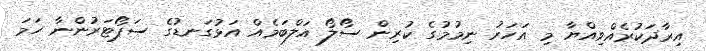
އިރާދަކުރެއްވިއްޔާ މި އަހަރު ނިމުމުގެ ކުރިން ސޯލޯ އަލްބަމެއް އަޅުގަނޑުގެ ސަޕޯޓަރުންނާ ހަމަ